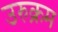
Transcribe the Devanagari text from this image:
उरुक्रम